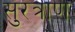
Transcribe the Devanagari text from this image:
सुरत्राण